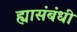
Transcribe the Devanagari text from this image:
ह्यासंबंधी